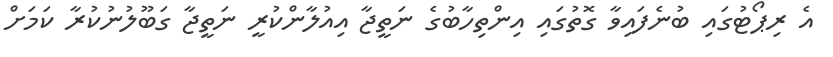
އެ ރިޕޯޓުގައި ބުނެފައިވާ ގޮތުގައި އިންތިހާބުގެ ނަތީޖާ އިއުލާންކުރީ ނަތީޖާ ގަބޫލުނުކުރާ ކަމަށް